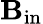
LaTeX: \mathbf{B}_{\mathrm{{in}}}